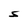
Character: S